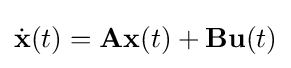
{\dot {\mathbf {x} }}(t)=\mathbf {A} \mathbf {x} (t)+\mathbf {B} \mathbf {u} (t)